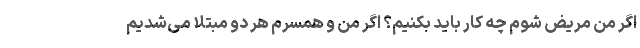
اگر من مریض شوم چه کار باید بکنیم؟ اگر من و همسرم هر دو مبتلا می‌شدیم